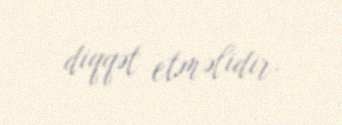
diqqət etməlidir.